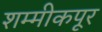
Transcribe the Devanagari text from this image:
शम्मीकपूर